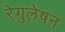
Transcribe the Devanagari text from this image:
रेगुलेषन